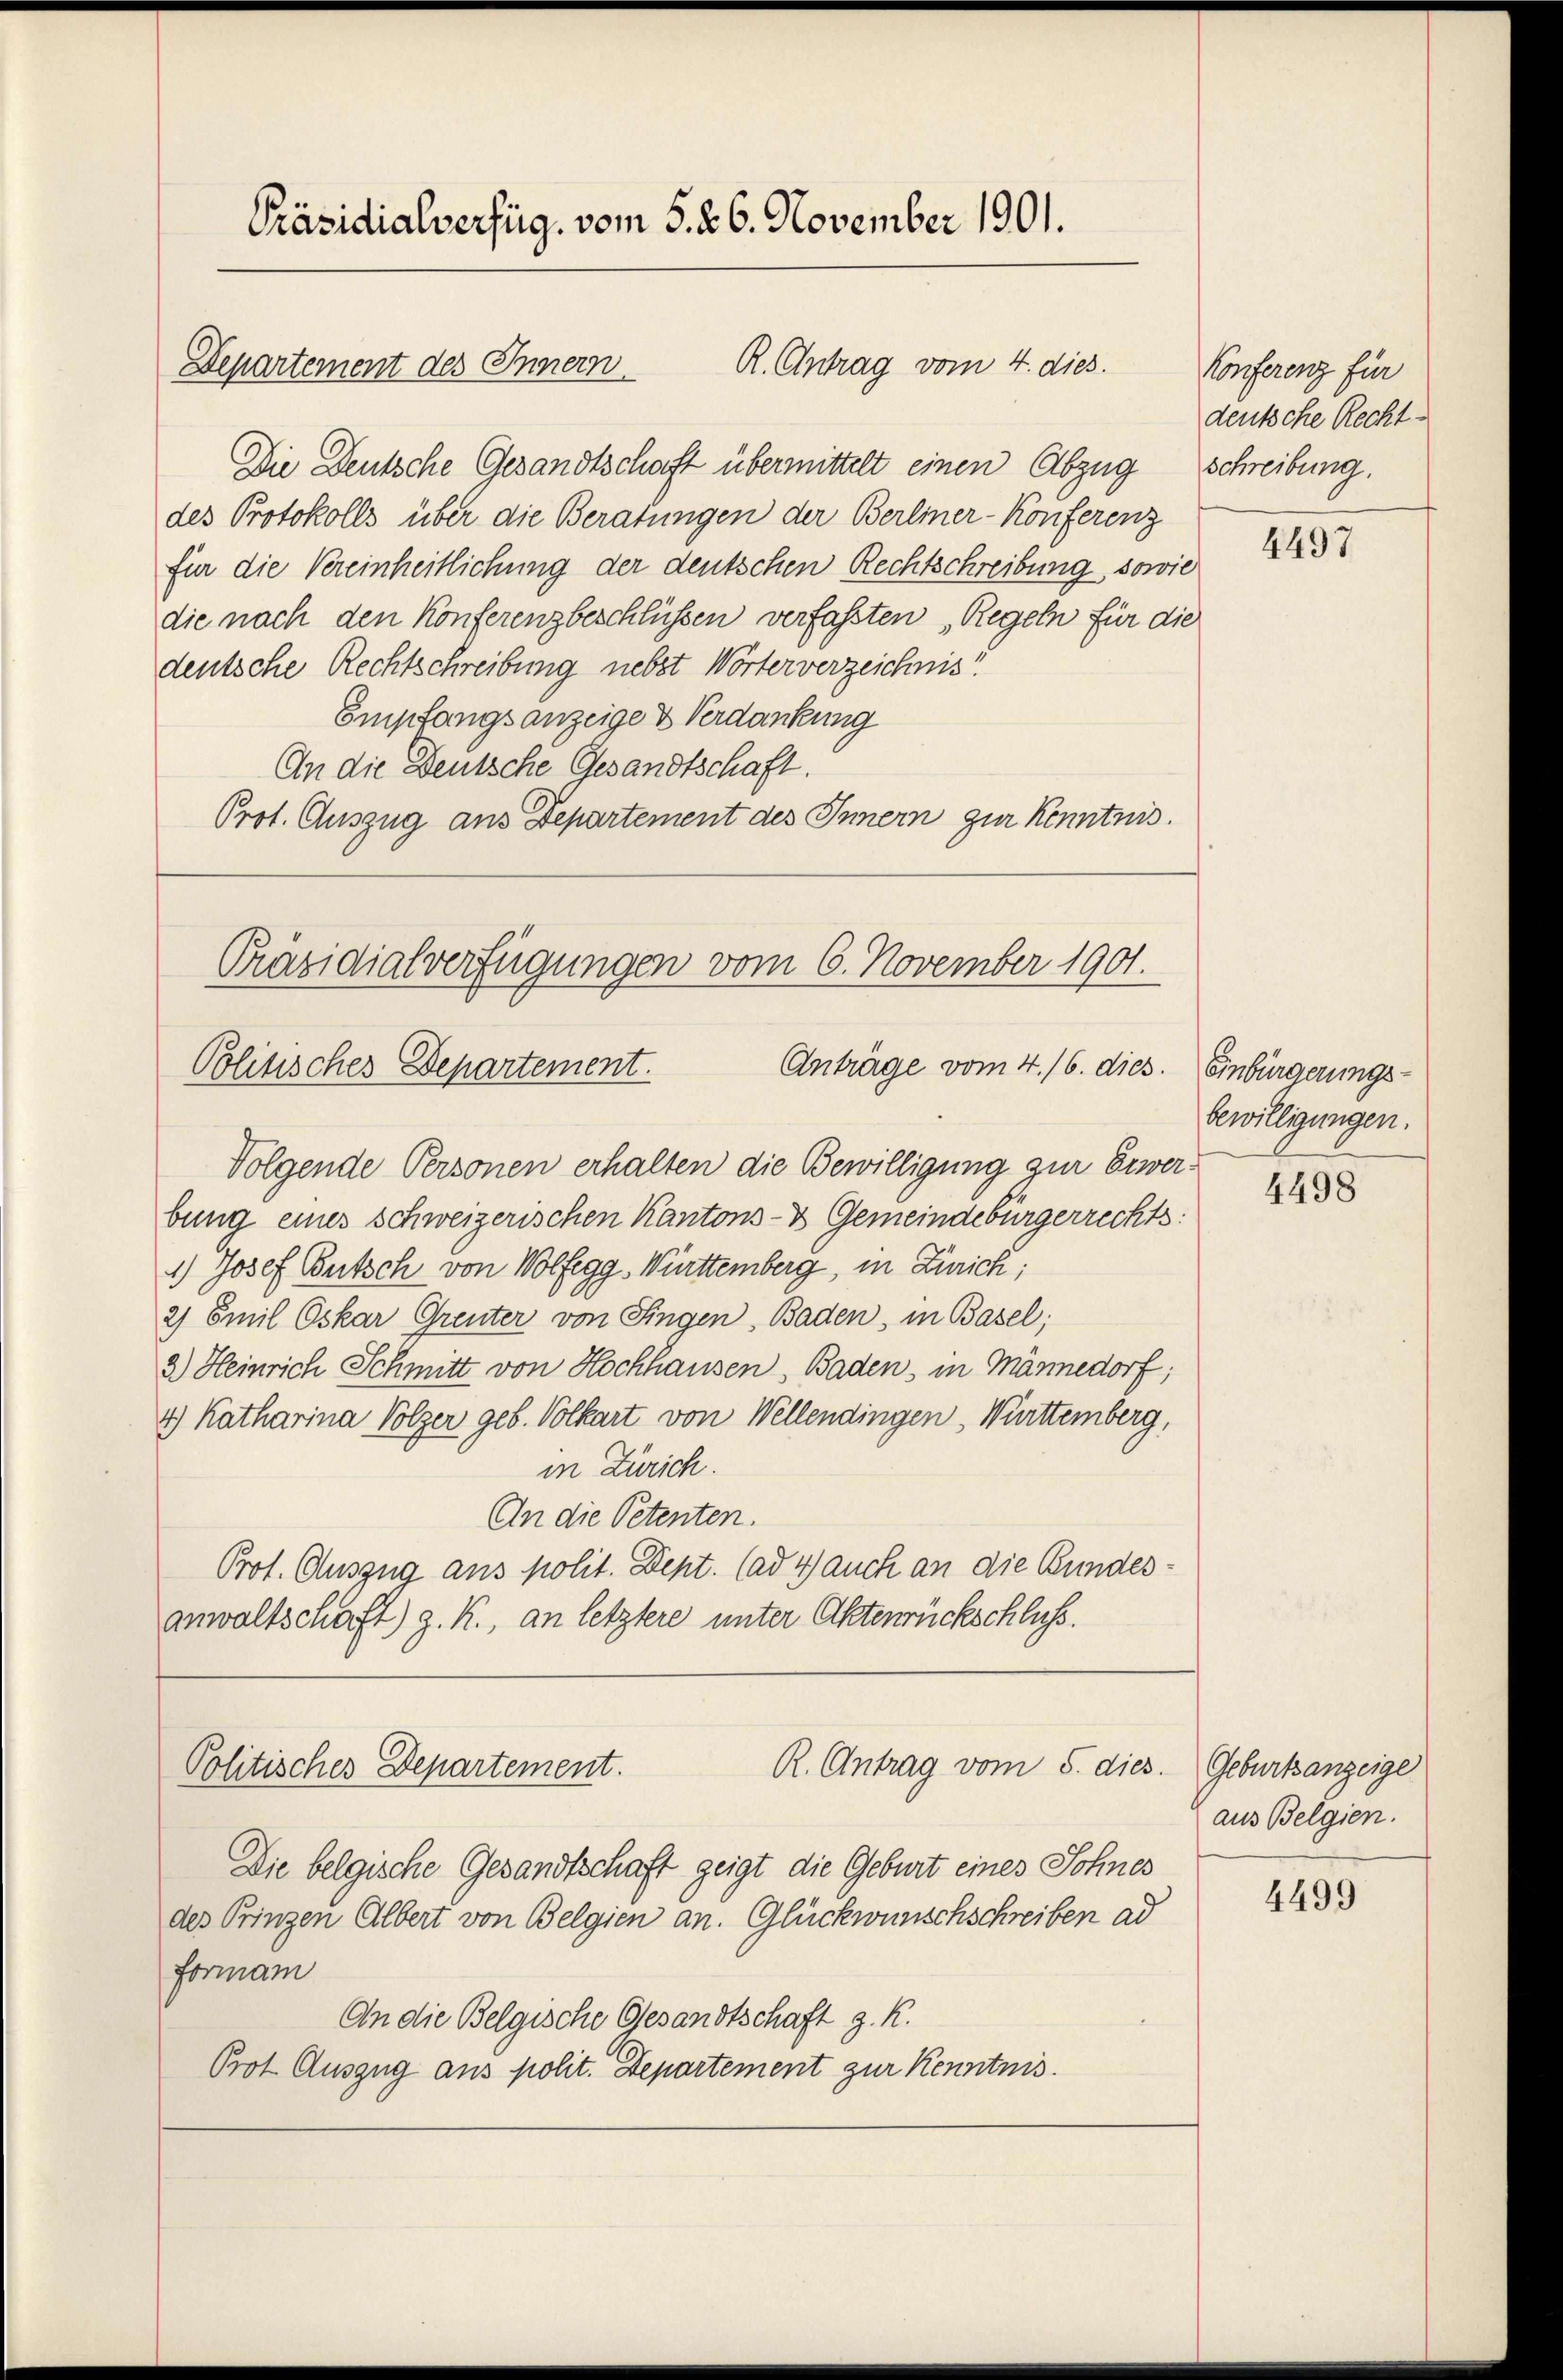
Präsidialverfüg, vom 5. 26. November 1901.

R. Antrag vom 4. dies
Departement des Innern

Die Deutsche Gesandtschaft übermittelt einen Abzug Schreibung.
des Protokolls über die Beratungen der Berliner-Konferenz
für die Vereinheitlichung der deutschen Rechtschreibung, sowie
die nach den Konferenzbeschlüssen verfassten Regeln für die
deutsche Rechtschreibung nebst Wörterverzeichnis
Empfangsanzeige & Verdankung
An die Deutsche Gesandtschaft.
Prot. Auszug aus Departement des Innern zur Kenntnis.

Präsidialverfügungen vom 6. November 1901.
Anträge vom 4./6. dies
Politisches Departement.

Folgende Personen erhalten die Bewilligung zur Erwerbung eines schweizerischen Kantons- & Gemeindebürgerrechts
1.) Josef Bertsch von Wolfegg-Württemberg, in Zürich;
2) Emil Oskar Greuter von Singen, Baden, in Basel;
3.) Heinrich Schmitt von Hochhausen, Baden, in Männedorf;
4) Katharina Volzer geb. Volkart von Wellendingen, Württemberg,
in Zürich.
An die Petenten.
Prot. Auszug aus polit. Dept. (ad 4) auch an die Bundesanwaltschaft) z. R., an letztere unter Aktenrückschluß.

R. Antrag vom 5. dies
Politisches Departement.

Die belgische Gesandtschaft zeigt die Geburt eines Sohnes
des Prinzen Albert von Belgien an. Glückwunschschreiben ad
Forman
An die Belgische Gesandtschaft z. K.
Prot. Auszug aus polit. Departement zur Kenntnis.

Konferenz für
deutsche Recht¬

4497

Einbürgerungsbewilligungen.

4498

Geburtsanzeige
aus Belgien.

4499